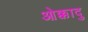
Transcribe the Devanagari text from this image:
ओक्कादु